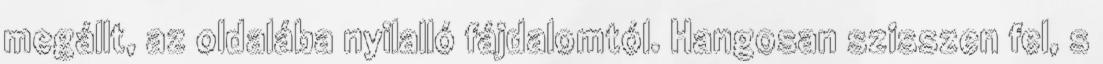
megállt, az oldalába nyilalló fájdalomtól. Hangosan szisszen fel, s